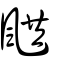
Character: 𩗄